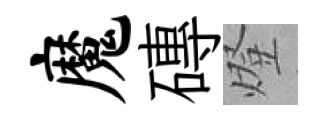
魔磚燈